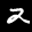
Label: 2